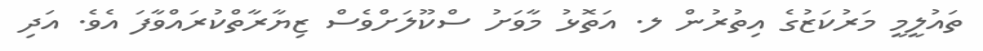
ތައުލީމީ މަރުކަޒުގެ އިތުރުން ލ. އަތޮޅު މާވަށު ސްކޫލަށްވެސް ޒިޔާރާތްކުރައްވާފަ އެވެ. އަދި